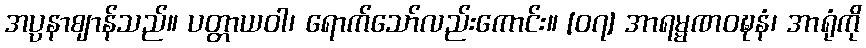
အပ္ပနာဈာန်သည်။ ပတ္တာယဝါ၊ ရောက်သော်လည်းကောင်း။ [၀၇] အာရမ္မဏဝဍ္ဎနံ၊ အာရုံကို